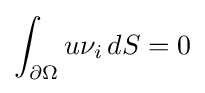
\int _{\partial \Omega }u\nu _{i}\,dS=0